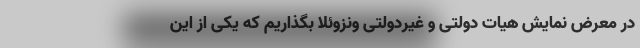
در معرض نمایش هیات دولتی و غیردولتی ونزوئلا بگذاریم که یکی از این